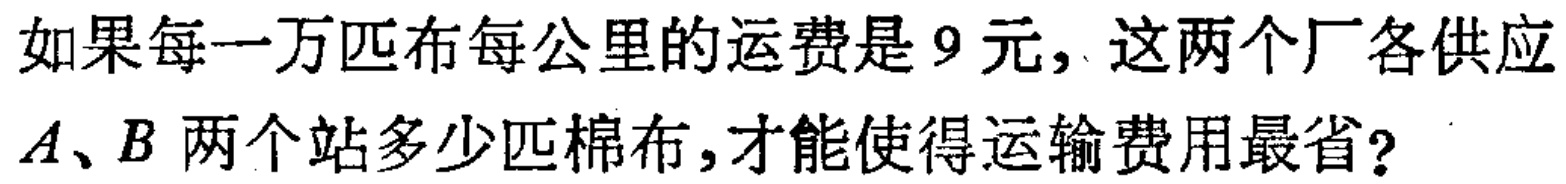
如果每一万匹布每公里的运费是9元, 这两个厂各供应

$A、B$ 两个站多少匹棉布,才能使得运输费用最省?